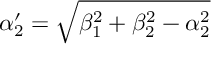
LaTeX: \alpha _ { 2 } ^ { \prime } = \sqrt { \beta _ { 1 } ^ { 2 } + \beta _ { 2 } ^ { 2 } - \alpha _ { 2 } ^ { 2 } }